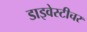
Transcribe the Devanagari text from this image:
डाइवेस्टीचर